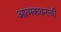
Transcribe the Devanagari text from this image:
आत्मकथनाची